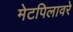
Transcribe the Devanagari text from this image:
मेटपिलावरे